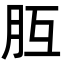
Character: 𦙁